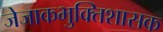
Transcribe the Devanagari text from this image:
जेजाकभुक्तिशासक